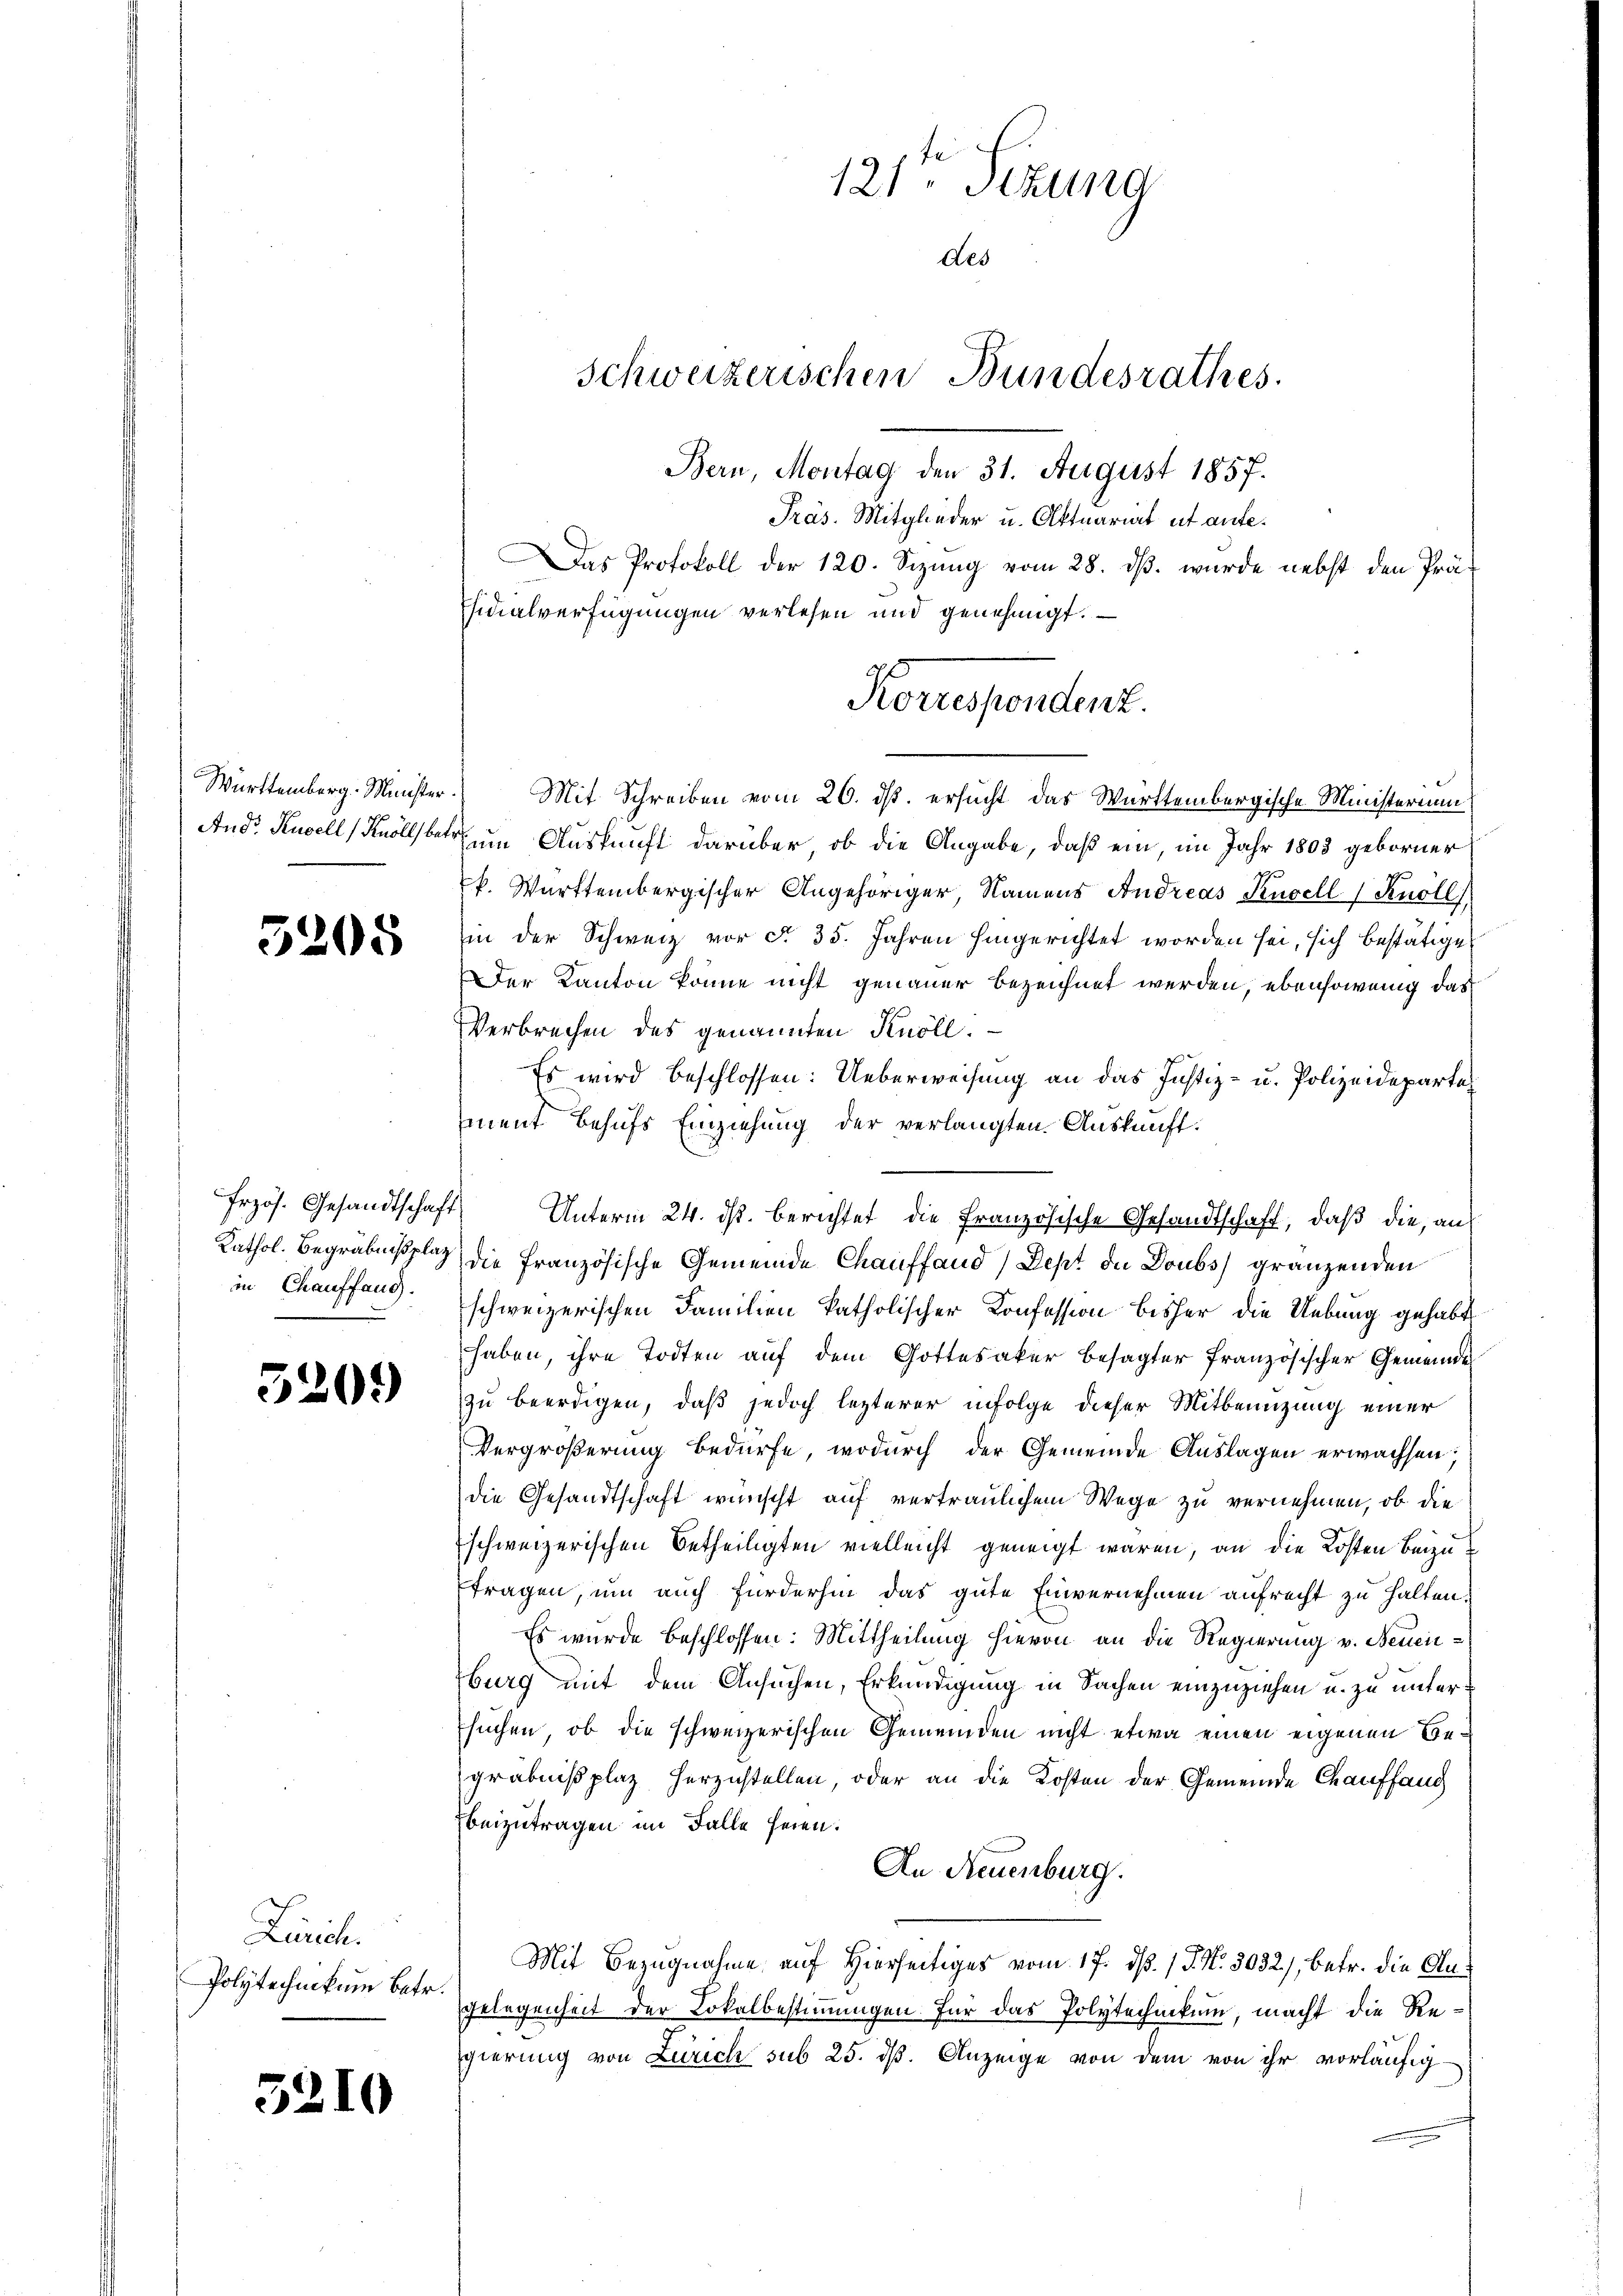
Württemberg. Minister.
And: Kugell (Knöll betr.

5205

Frzös. Gesandtschaft
Kathol. Begräbnißplain Chauffang.

5209

Lurich.
Polytechnikum betr.

5210

121ten Sizung
des
Schweizerischen Bundesrathes.
Bern, Montag den 31. August 1857.
Präs. Mitglieder u. Aktuariat et aufe¬
Das Protokoll der 120. Sizung vom 28. dβ. wurde nebst den Prä-
fsidialverfügungen verlesen und genehmigt.

Mit Schreiben vom 26. ds. ersucht das Württembergische Ministerium
am Auskunft darüber ob die Angabe, daß ein im Jahr 1803 geborner
k. Württembergischer Angehöriger Namens Andreas Kugell (Knoll),
in der Schweiz vor §. 35. Jahren hingerichtet worden sei, sich bestätiget
Der Kanton könne nicht genauer bezeichnet werden, ebensowenig das
Verbrechen des genannten Knoll.
Es wird beschlossen: Ueberweisung an das Justiz- u. Polizeideparte
iment behufs Einziehung der verlangten Auskunft.
Unterm 24. ds. berichtet die Französische Gesandtschaft, daß die, an
die französische Gemeinde Chauffand / Sept de Doubs) gränzenden
schweizerischen Familien katholischer Konfession bisher die Uebung gehabt
haben, ihre Todten auf dem Gottesaker besagter französischer Gemeinde
zu beerdigen, daß jedoch lezterer infolge dieser Mitbenuzung einer
Vergrößerung bedürfe, wodurch der Gemeinde Auslagen erwachsen;
die Gesandtschaft wünscht auf vertraulichem Wege zu vernehmen, ob die
schweizerischen Betheiligten vielleicht geneigt waren, an die Kosten beizutragen, um auch fürderhin das gute Einvernehmen aufrecht zu halten
Es wurde beschlossen: Mittheilung hievon an die Regierung v. Neuenburg mit dem Ansuchen, Erkundigung in Sachen einzuziehen u. zu unter
suchen, ob die schweizerischen Gemeinden nicht etwa einen eigenen Begräbnißplaz herzustellen, oder an die Kosten der Gemeinde Chauffang
beizutragen im Falle seien.
An Neuenburg.
Mit Bezugnahme auf Hierseitiges vom 17. ds. 1. J. N. 3032), betr. die Angelegenheit der Lokalbestimmungen für das Polytechnikum, macht die Regierung von Zürich sub 25. dß. Anzeige von dem von ihr vorläufig

Korrespondenz.